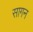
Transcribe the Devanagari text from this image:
सागन